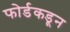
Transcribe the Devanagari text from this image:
फोर्डकडून